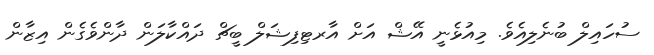
ސުހައިލް ބުނެލިއެވެ. މިއުޅެނީ އޭޝް އަށް އާރޓިފިޝަލް ބީޗް ދައްކާލަން ދާންވެގެން އިޒާން